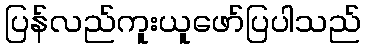
ပြန်လည်ကူးယူဖော်ပြပါသည်